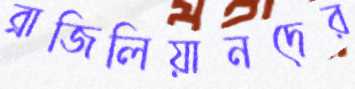
ব্রাজিলিয়ানদের